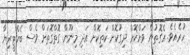
ހުރެއެވެ. އެގޮތުން ވަށްކޮށް ދިގުކޮށް ކަތިކޮށް އަދި މިނޫން ގޮތްގޮތަށް ވެސް ބެކްޓީރިޔާ